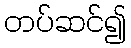
တပ်ဆင်၍